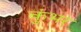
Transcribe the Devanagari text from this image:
कुंभर